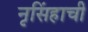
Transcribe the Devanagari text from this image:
नृसिंहाची